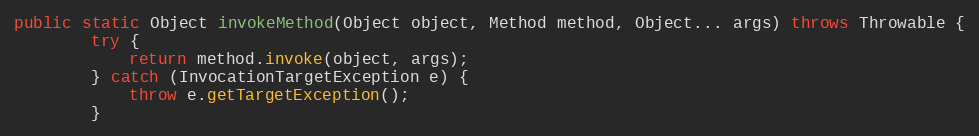
Language: Java
public static Object invokeMethod(Object object, Method method, Object... args) throws Throwable {
        try {
            return method.invoke(object, args);
        } catch (InvocationTargetException e) {
            throw e.getTargetException();
        }